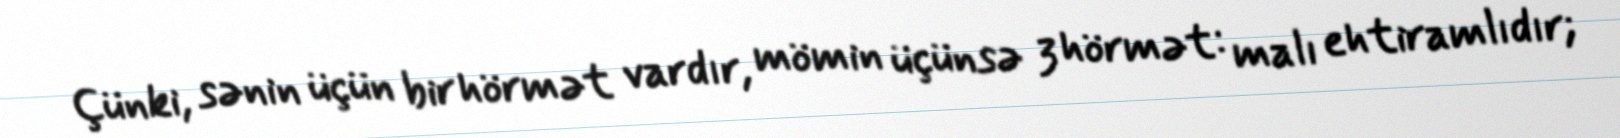
Çünki, sənin üçün bir hörmət vardır, mömin üçünsə 3 hörmət: malı ehtiramlıdır;